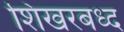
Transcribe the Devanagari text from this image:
शिखरबध्द